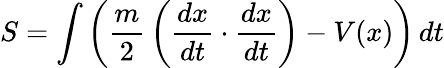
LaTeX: S=\int\left({\frac{m}{2}}\left({\frac{dx}{dt}}\cdot{\frac{dx}{dt}}\right)-V(x)\right)\, dt